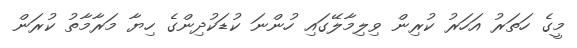
މީގެ ހަތަރު އަހަރު ކުރިން ވިލިމާލޭގައި ހުންނަ ކުޑަކުދިންގެ ހިޔާ މަރާމާތު ކުރަން